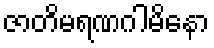
ဇာတိမရဏဂါမိနော